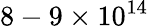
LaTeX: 8-9\times 10^{14}